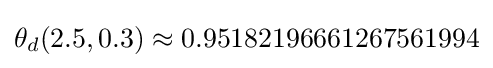
\theta _{d}(2.5,0.3)\approx 0.95182196661267561994